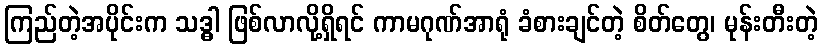
ကြည်တဲ့အပိုင်းက သဒ္ဓါ ဖြစ်လာလို့ရှိရင် ကာမဂုဏ်အာရုံ ခံစားချင်တဲ့ စိတ်တွေ၊ မုန်းတီးတဲ့